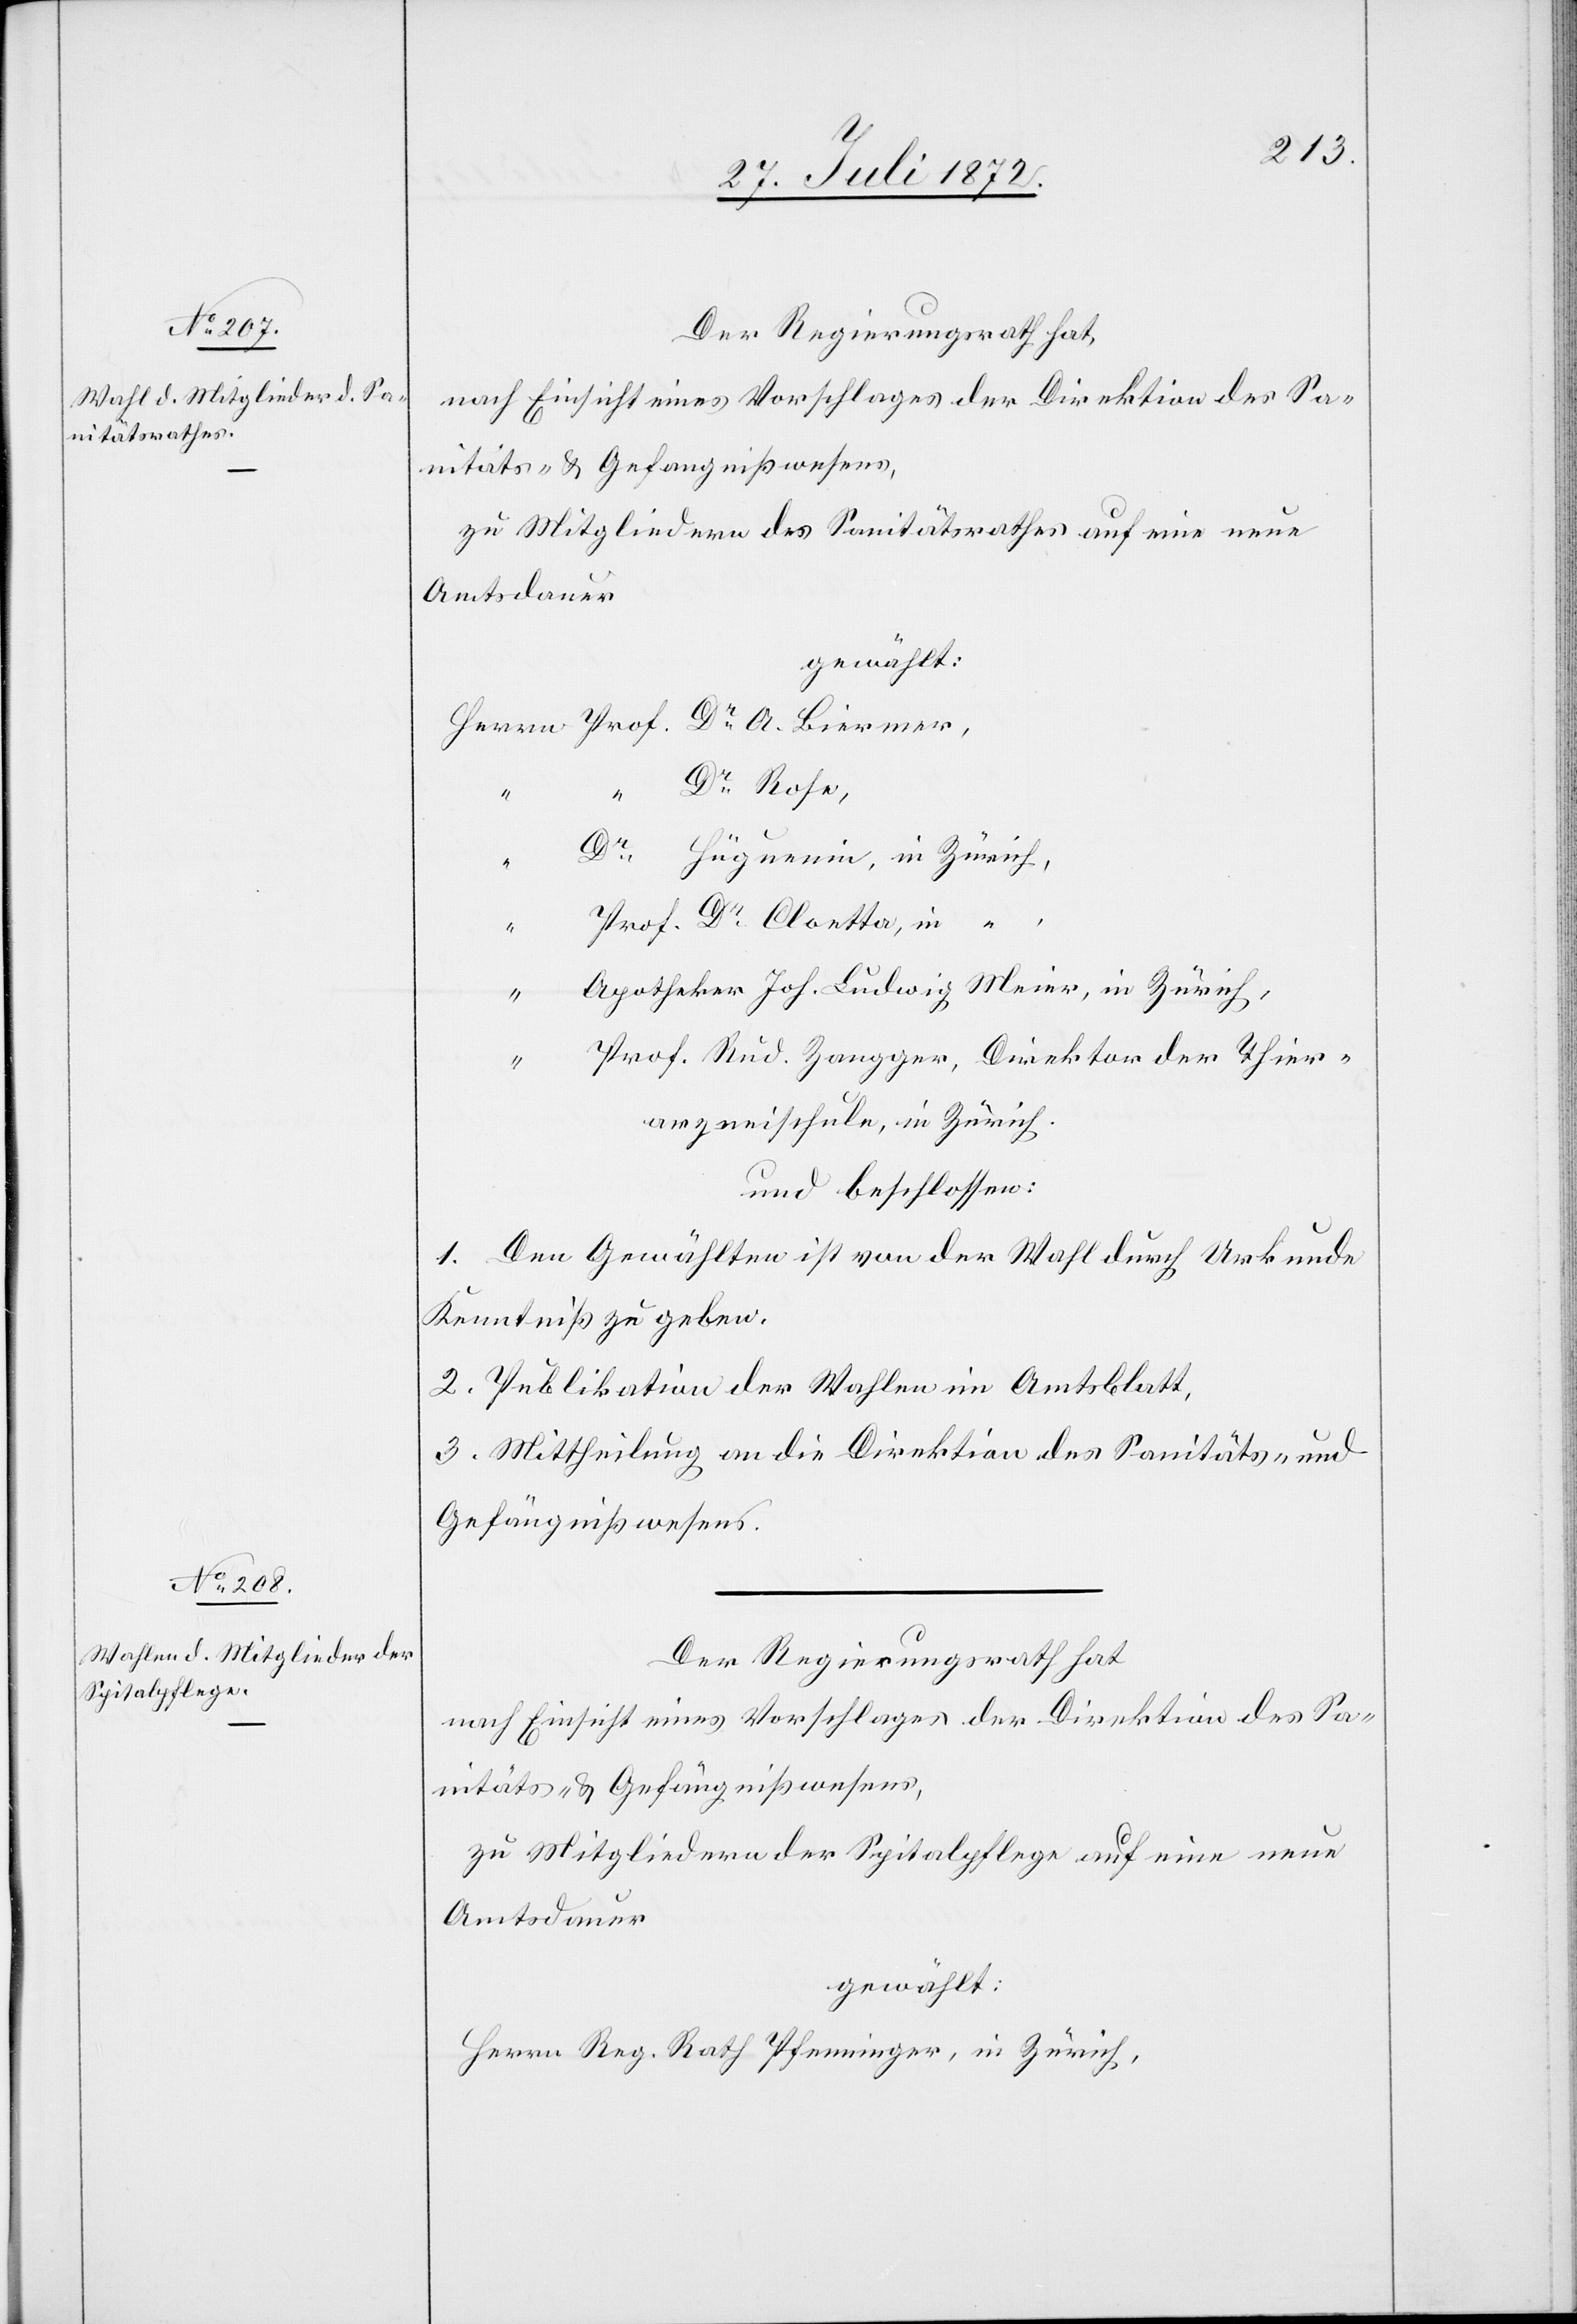
Der Regierungsrath hat,
nach Einsicht eines Vorschlages der Direktion des Sa¬
nitäts- u. Gefängnißwesens,
zu Mitgliedern des Sanitätsrathes auf eine neue
Amtsdauer
gewählt:
Dr Rose,
Hüguenin, in Zürich,
Dr
der
Apotheker Joh. Ludwig Meier, in Zürich
Pfenninger,
arzneischule, in Zürich.
und beschlossen:
1. Den Gewählten ist von der Wahl durch Urkunde
Kenntniß zu geben.
2. Publikation der Wahlen im Amtsblatt.
3. Mittheilung an die Direktion des Sanitäts- u.
Gefängnißwesens.
Der Regierungsrath hat
nach Einsicht eines Vorschlages der Direktion des Sa¬
nitäts- u. Gefängnißwesens,
zu Mitgliedern der Spitalpflege auf eine neue
Amtsdauer
gewählt: